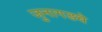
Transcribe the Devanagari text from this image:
जुनागडचे